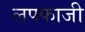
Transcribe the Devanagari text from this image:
लफ्फाजी